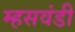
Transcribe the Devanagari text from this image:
म्हसवंडी